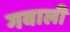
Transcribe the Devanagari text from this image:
गवाली